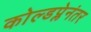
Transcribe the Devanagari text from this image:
कोल्डप्लेनंतर